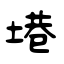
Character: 塂